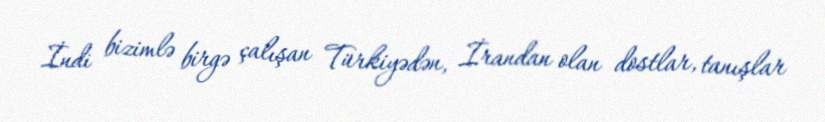
İndi bizimlə birgə çalışan Türkiyədən, İrandan olan dostlar, tanışlar